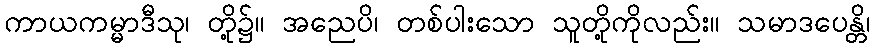
ကာယကမ္မာဒီသု၊ တို့၌။ အညေပိ၊ တစ်ပါးသော သူတို့ကိုလည်း။ သမာဒပေန္တိ၊